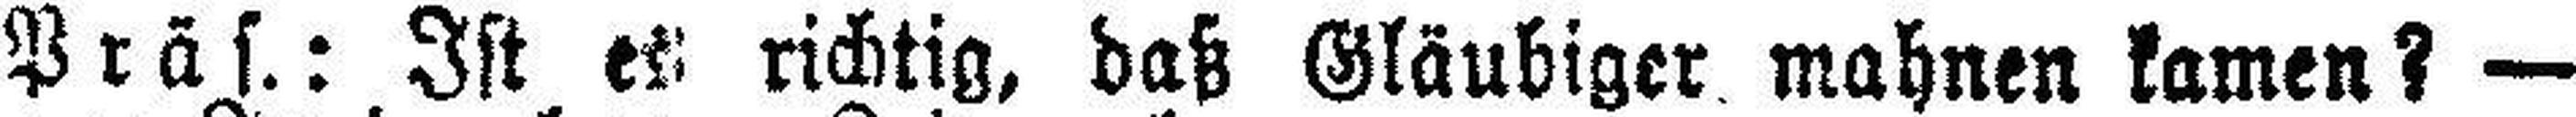
Präs.: Ist es richtig, daß Gläubiger mahnen kamen? —